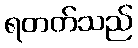
ရတတ်သည်